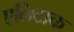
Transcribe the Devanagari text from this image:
एलिटाक